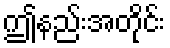
ဤနည်းအတိုင်း